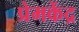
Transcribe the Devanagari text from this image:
प्रेमकेंद्र